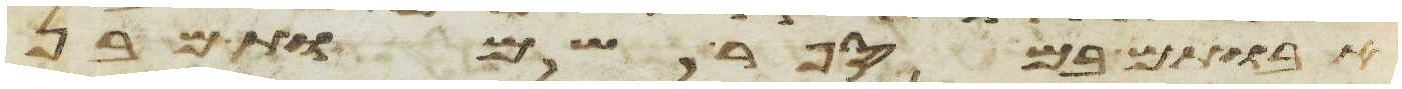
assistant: אבותם במספר שמות מבן